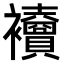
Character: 𧟎